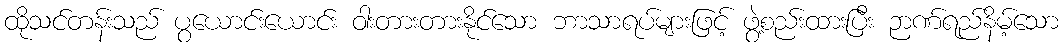
ထိုသင်တန်းသည် ပွယောင်းယောင်း ဝါးတားတားနိုင်သော ဘာသာရပ်များဖြင့် ဖွဲ့စည်းထားပြီး ဉာဏ်ရည်နိမ့်သော